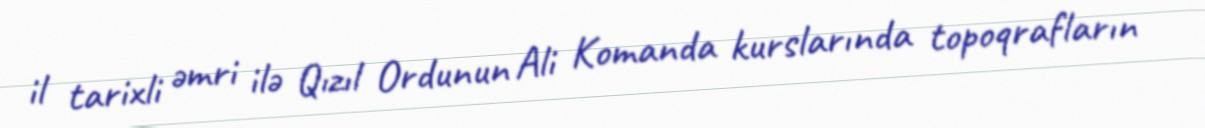
il tarixli əmri ilə Qızıl Ordunun Ali Komanda kurslarında topoqrafların